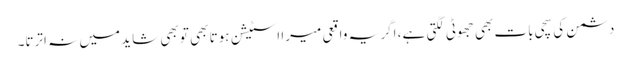
دشمن کی سچی بات بھی جھوٹی لگتی ہے، اگر یہ واقعی میرا اسٹیشن ہوتا بھی تو بھی شاید میں نہ اترتا۔